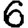
Digit: 6